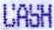
CASH